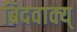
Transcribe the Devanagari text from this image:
ब्रिदवाक्य्